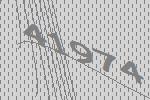
41974